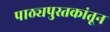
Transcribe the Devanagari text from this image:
पाठ्यपुस्तकांतून